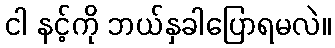
ငါ နင့်ကို ဘယ်နှခါပြောရမလဲ။